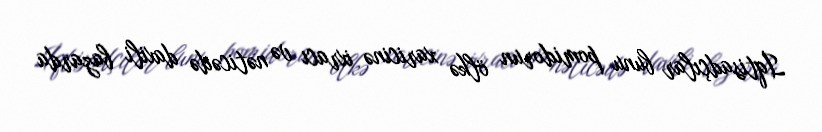
İqtisadçılar bunu pomidorun ölkə xaricinə ixracı və nəticədə daxili bazarda